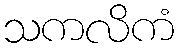
သကလိကံ